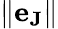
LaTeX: \| \mathbf{e}_{\mathbf{J}}\|